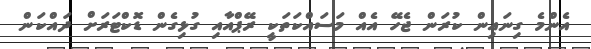
އެންމެ ގިނައިން ކުރަން ޖެހޭ އެއް މަސައްކަތަކީ ރޭޕްއާއި ގުޅިގެން ޑޮކްޓަރަށް ދައްކަން